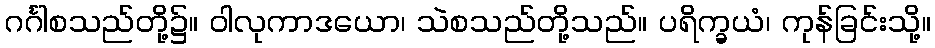
ဂင်္ဂါစသည်တို့၌။ ဝါလုကာဒယော၊ သဲစသည်တို့သည်။ ပရိက္ခယံ၊ ကုန်ခြင်းသို့။